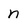
Character: n